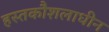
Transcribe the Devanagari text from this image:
हस्तकौशलाधीन